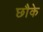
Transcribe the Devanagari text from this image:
छौके